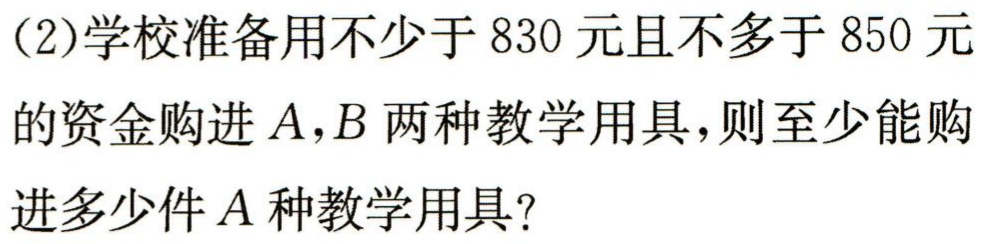
(2)学校准备用不少于830元且不多于850元

的资金购进\(A,B\)两种教学用具，则至少能购

进多少件\(A\)种教学用具？